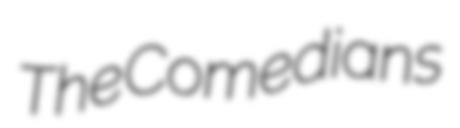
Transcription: The Comedians